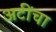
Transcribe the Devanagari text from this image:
अटींचा